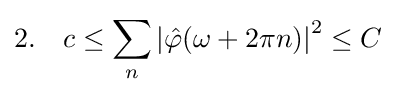
2.\quad c\leq \sum _{n}\left|{\hat {\varphi }}(\omega +2\pi n)\right|^{2}\leq C